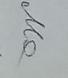
Signature authenticity: genuine